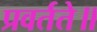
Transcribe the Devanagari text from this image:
प्रवर्तते॥